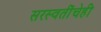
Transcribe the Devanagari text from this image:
सरस्वतींचेही